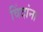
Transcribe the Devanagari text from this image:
विंदांना